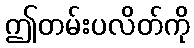
ဤတမ်းပလိတ်ကို